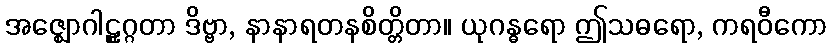
အဇ္ဈောဂါဠှုဂ္ဂတာ ဒိဗ္ဗာ, နာနာရတနစိတ္တိတာ။ ယုဂန္ဓရော ဤသဓရော, ကရဝီကော